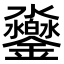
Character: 𨰱